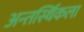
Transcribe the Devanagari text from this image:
अन्तर्स्थिकला